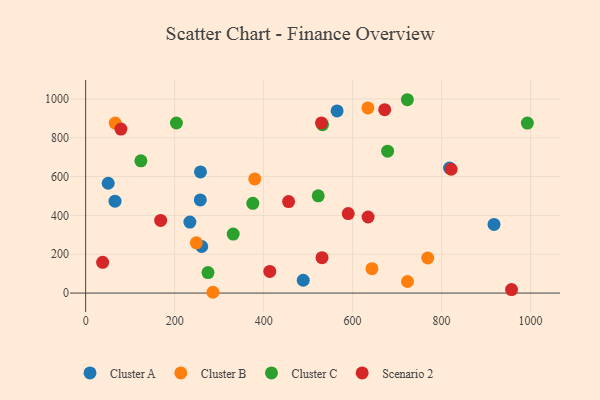
{"axis": {"x": "Price", "y": "Rating"}, "legend": ["Cluster A", "Cluster B", "Cluster C", "Scenario 2"], "data": [{"x": "50.7", "y": 565.7, "type": "Cluster A"}, {"x": "260.9", "y": 240.0, "type": "Cluster A"}, {"x": "66.0", "y": 473.6, "type": "Cluster A"}, {"x": "565.1", "y": 938.2, "type": "Cluster A"}, {"x": "258.1", "y": 624.0, "type": "Cluster A"}, {"x": "489.0", "y": 66.1, "type": "Cluster A"}, {"x": "917.7", "y": 353.8, "type": "Cluster A"}, {"x": "257.7", "y": 480.0, "type": "Cluster A"}, {"x": "234.3", "y": 365.5, "type": "Cluster A"}, {"x": "817.8", "y": 644.2, "type": "Cluster A"}, {"x": "248.8", "y": 258.8, "type": "Cluster B"}, {"x": "380.1", "y": 588.0, "type": "Cluster B"}, {"x": "286.0", "y": 4.1, "type": "Cluster B"}, {"x": "723.3", "y": 59.7, "type": "Cluster B"}, {"x": "66.5", "y": 875.4, "type": "Cluster B"}, {"x": "643.4", "y": 125.5, "type": "Cluster B"}, {"x": "634.3", "y": 953.7, "type": "Cluster B"}, {"x": "768.7", "y": 180.7, "type": "Cluster B"}, {"x": "275.0", "y": 105.6, "type": "Cluster C"}, {"x": "204.0", "y": 876.0, "type": "Cluster C"}, {"x": "522.7", "y": 501.0, "type": "Cluster C"}, {"x": "678.6", "y": 730.9, "type": "Cluster C"}, {"x": "992.7", "y": 875.4, "type": "Cluster C"}, {"x": "331.6", "y": 304.1, "type": "Cluster C"}, {"x": "723.0", "y": 995.9, "type": "Cluster C"}, {"x": "532.3", "y": 867.5, "type": "Cluster C"}, {"x": "375.7", "y": 462.3, "type": "Cluster C"}, {"x": "124.2", "y": 681.3, "type": "Cluster C"}, {"x": "456.1", "y": 471.5, "type": "Scenario 2"}, {"x": "957.1", "y": 17.9, "type": "Scenario 2"}, {"x": "672.1", "y": 944.7, "type": "Scenario 2"}, {"x": "531.2", "y": 182.5, "type": "Scenario 2"}, {"x": "821.4", "y": 637.7, "type": "Scenario 2"}, {"x": "38.2", "y": 158.5, "type": "Scenario 2"}, {"x": "634.7", "y": 391.8, "type": "Scenario 2"}, {"x": "530.0", "y": 876.2, "type": "Scenario 2"}, {"x": "413.8", "y": 111.7, "type": "Scenario 2"}, {"x": "79.3", "y": 844.6, "type": "Scenario 2"}, {"x": "590.1", "y": 409.5, "type": "Scenario 2"}, {"x": "168.6", "y": 374.1, "type": "Scenario 2"}]}